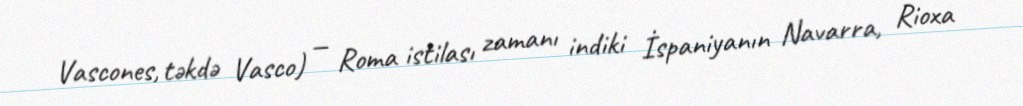
Vascones, təkdə Vasco) — Roma istilası zamanı indiki İspaniyanın Navarra, Rioxa